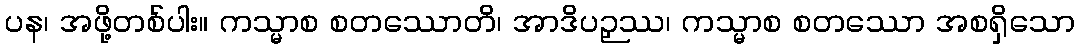
ပန၊ အဖို့တစ်ပါး။ ကသ္မာစ စတဿောတိ၊ အာဒိပဉှဿ၊ ကသ္မာစ စတဿော အစရှိသော